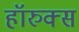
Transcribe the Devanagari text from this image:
हॉरुक्स